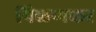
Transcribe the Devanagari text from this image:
पिळणकर